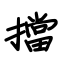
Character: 擋